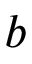
b